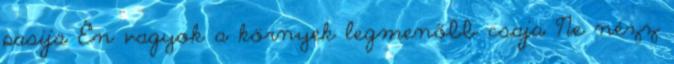
pasija Én vagyok a környek legmenőbb csaja Ne nézz